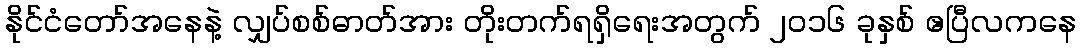
နိုင်ငံတော်အနေနဲ့ လျှပ်စစ်ဓာတ်အား တိုးတက်ရရှိရေးအတွက် ၂၀၁၆ ခုနှစ် ဧပြီလကနေ